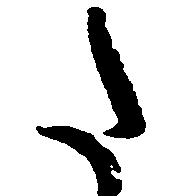
た